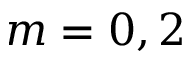
m = 0 , 2